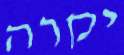
יקרה